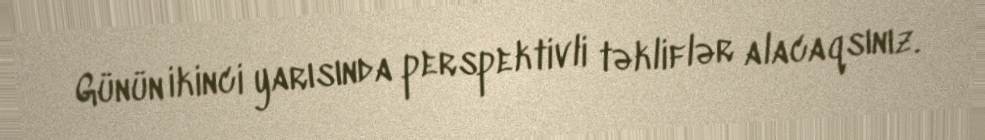
Günün ikinci yarısında perspektivli təkliflər alacaqsınız.